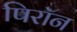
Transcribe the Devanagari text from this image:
पिरॉन